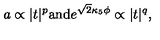
a \propto | t | ^ { p } \mathrm { a n d } e ^ { \sqrt { 2 } \kappa _ { 5 } \phi } \propto | t | ^ { q } ,